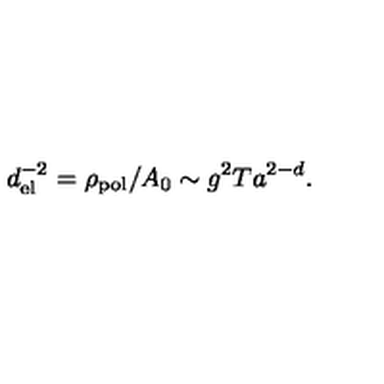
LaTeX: d _ { \mathrm { e l } } ^ { - 2 } = \rho _ { \mathrm { p o l } } / A _ { 0 } \sim g ^ { 2 } T a ^ { 2 - d } .